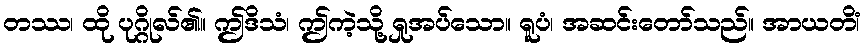
တဿ၊ ထို ပုဂ္ဂိုလ်၏။ ဤဒိသံ၊ ဤကဲ့သို့ ရှုအပ်သော။ ရူပံ၊ အဆင်းတော်သည်။ အာယတိံ၊